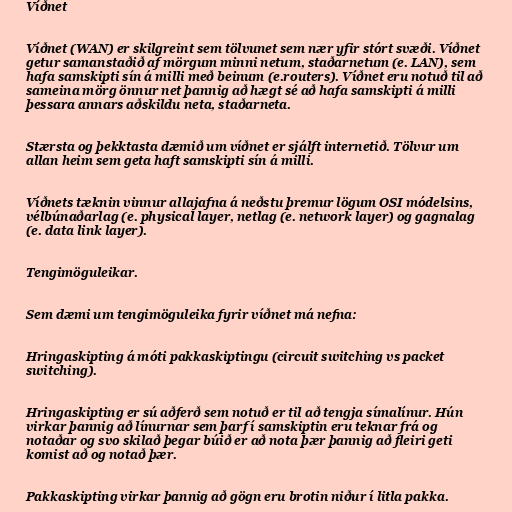
Víðnet

Víðnet (WAN) er skilgreint sem tölvunet sem nær yfir stórt svæði. Víðnet
getur samanstaðið af mörgum minni netum, staðarnetum (e. LAN), sem
hafa samskipti sín á milli með beinum (e.routers). Víðnet eru notuð til að
sameina mörg önnur net þannig að hægt sé að hafa samskipti á milli
þessara annars aðskildu neta, staðarneta.

Stærsta og þekktasta dæmið um víðnet er sjálft internetið. Tölvur um
allan heim sem geta haft samskipti sín á milli.

Víðnets tæknin vinnur allajafna á neðstu þremur lögum OSI módelsins,
vélbúnaðarlag (e. physical layer, netlag (e. network layer) og gagnalag
(e. data link layer).

Tengimöguleikar.

Sem dæmi um tengimöguleika fyrir víðnet má nefna:

Hringaskipting á móti pakkaskiptingu (circuit switching vs packet
switching).

Hringaskipting er sú aðferð sem notuð er til að tengja símalínur. Hún
virkar þannig að línurnar sem þarf í samskiptin eru teknar frá og
notaðar og svo skilað þegar búið er að nota þær þannig að fleiri geti
komist að og notað þær.

Pakkaskipting virkar þannig að gögn eru brotin niður í litla pakka.